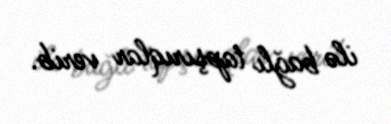
ilə bağlı tapşırıqlar verib.